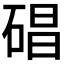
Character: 𥓥